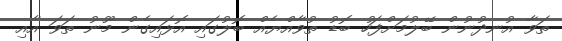
ތަވާ އުނދުނުން ބޭލުމަށްފަހު ބޮޑު ތުވާއްޔެއް ބޮލުގައި އޮޅައިގެން މޫނު ތަވަ އާއި